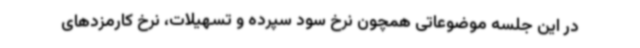
در این جلسه موضوعاتی همچون نرخ سود سپرده و تسهیلات، نرخ کارمزدهای